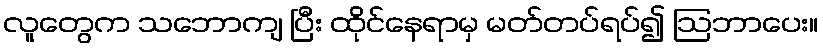
လူတွေက သဘောကျ ပြီး ထိုင်နေရာမှ မတ်တပ်ရပ်၍ ဩဘာပေး။